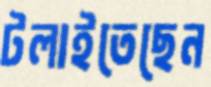
টলাইতেছেন